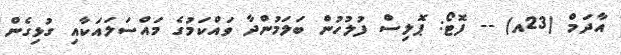
އާދަމް (23އ) -- ފޮޓޯ: ޕޮލިސް ފުލުހުން ބަލަމުންދާ ވައްކަމުގެ މައްސަލައަކާއި ގުޅިގެން